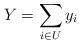
LaTeX: \begin{align*}Y = \sum_{i\in U} y_i\end{align*}